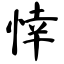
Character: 悻